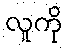
လူကို